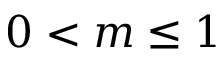
0 < m \leq 1